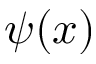
\psi ( x )